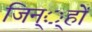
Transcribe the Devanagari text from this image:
जिन््हों